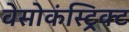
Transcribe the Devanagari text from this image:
वेसोकंस्ट्रिक्ट